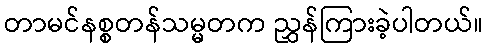
တာမင်နစ္စတန်သမ္မတက ညွှန်ကြားခဲ့ပါတယ်။